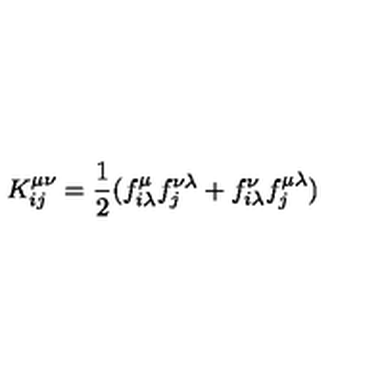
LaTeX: K _ { i j } ^ { \mu \nu } = { \frac { 1 } { 2 } } ( f _ { i \lambda } ^ { \mu } f _ { j } ^ { \nu \lambda } + f _ { i \lambda } ^ { \nu } f _ { j } ^ { \mu \lambda } )